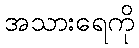
အသားရေကို